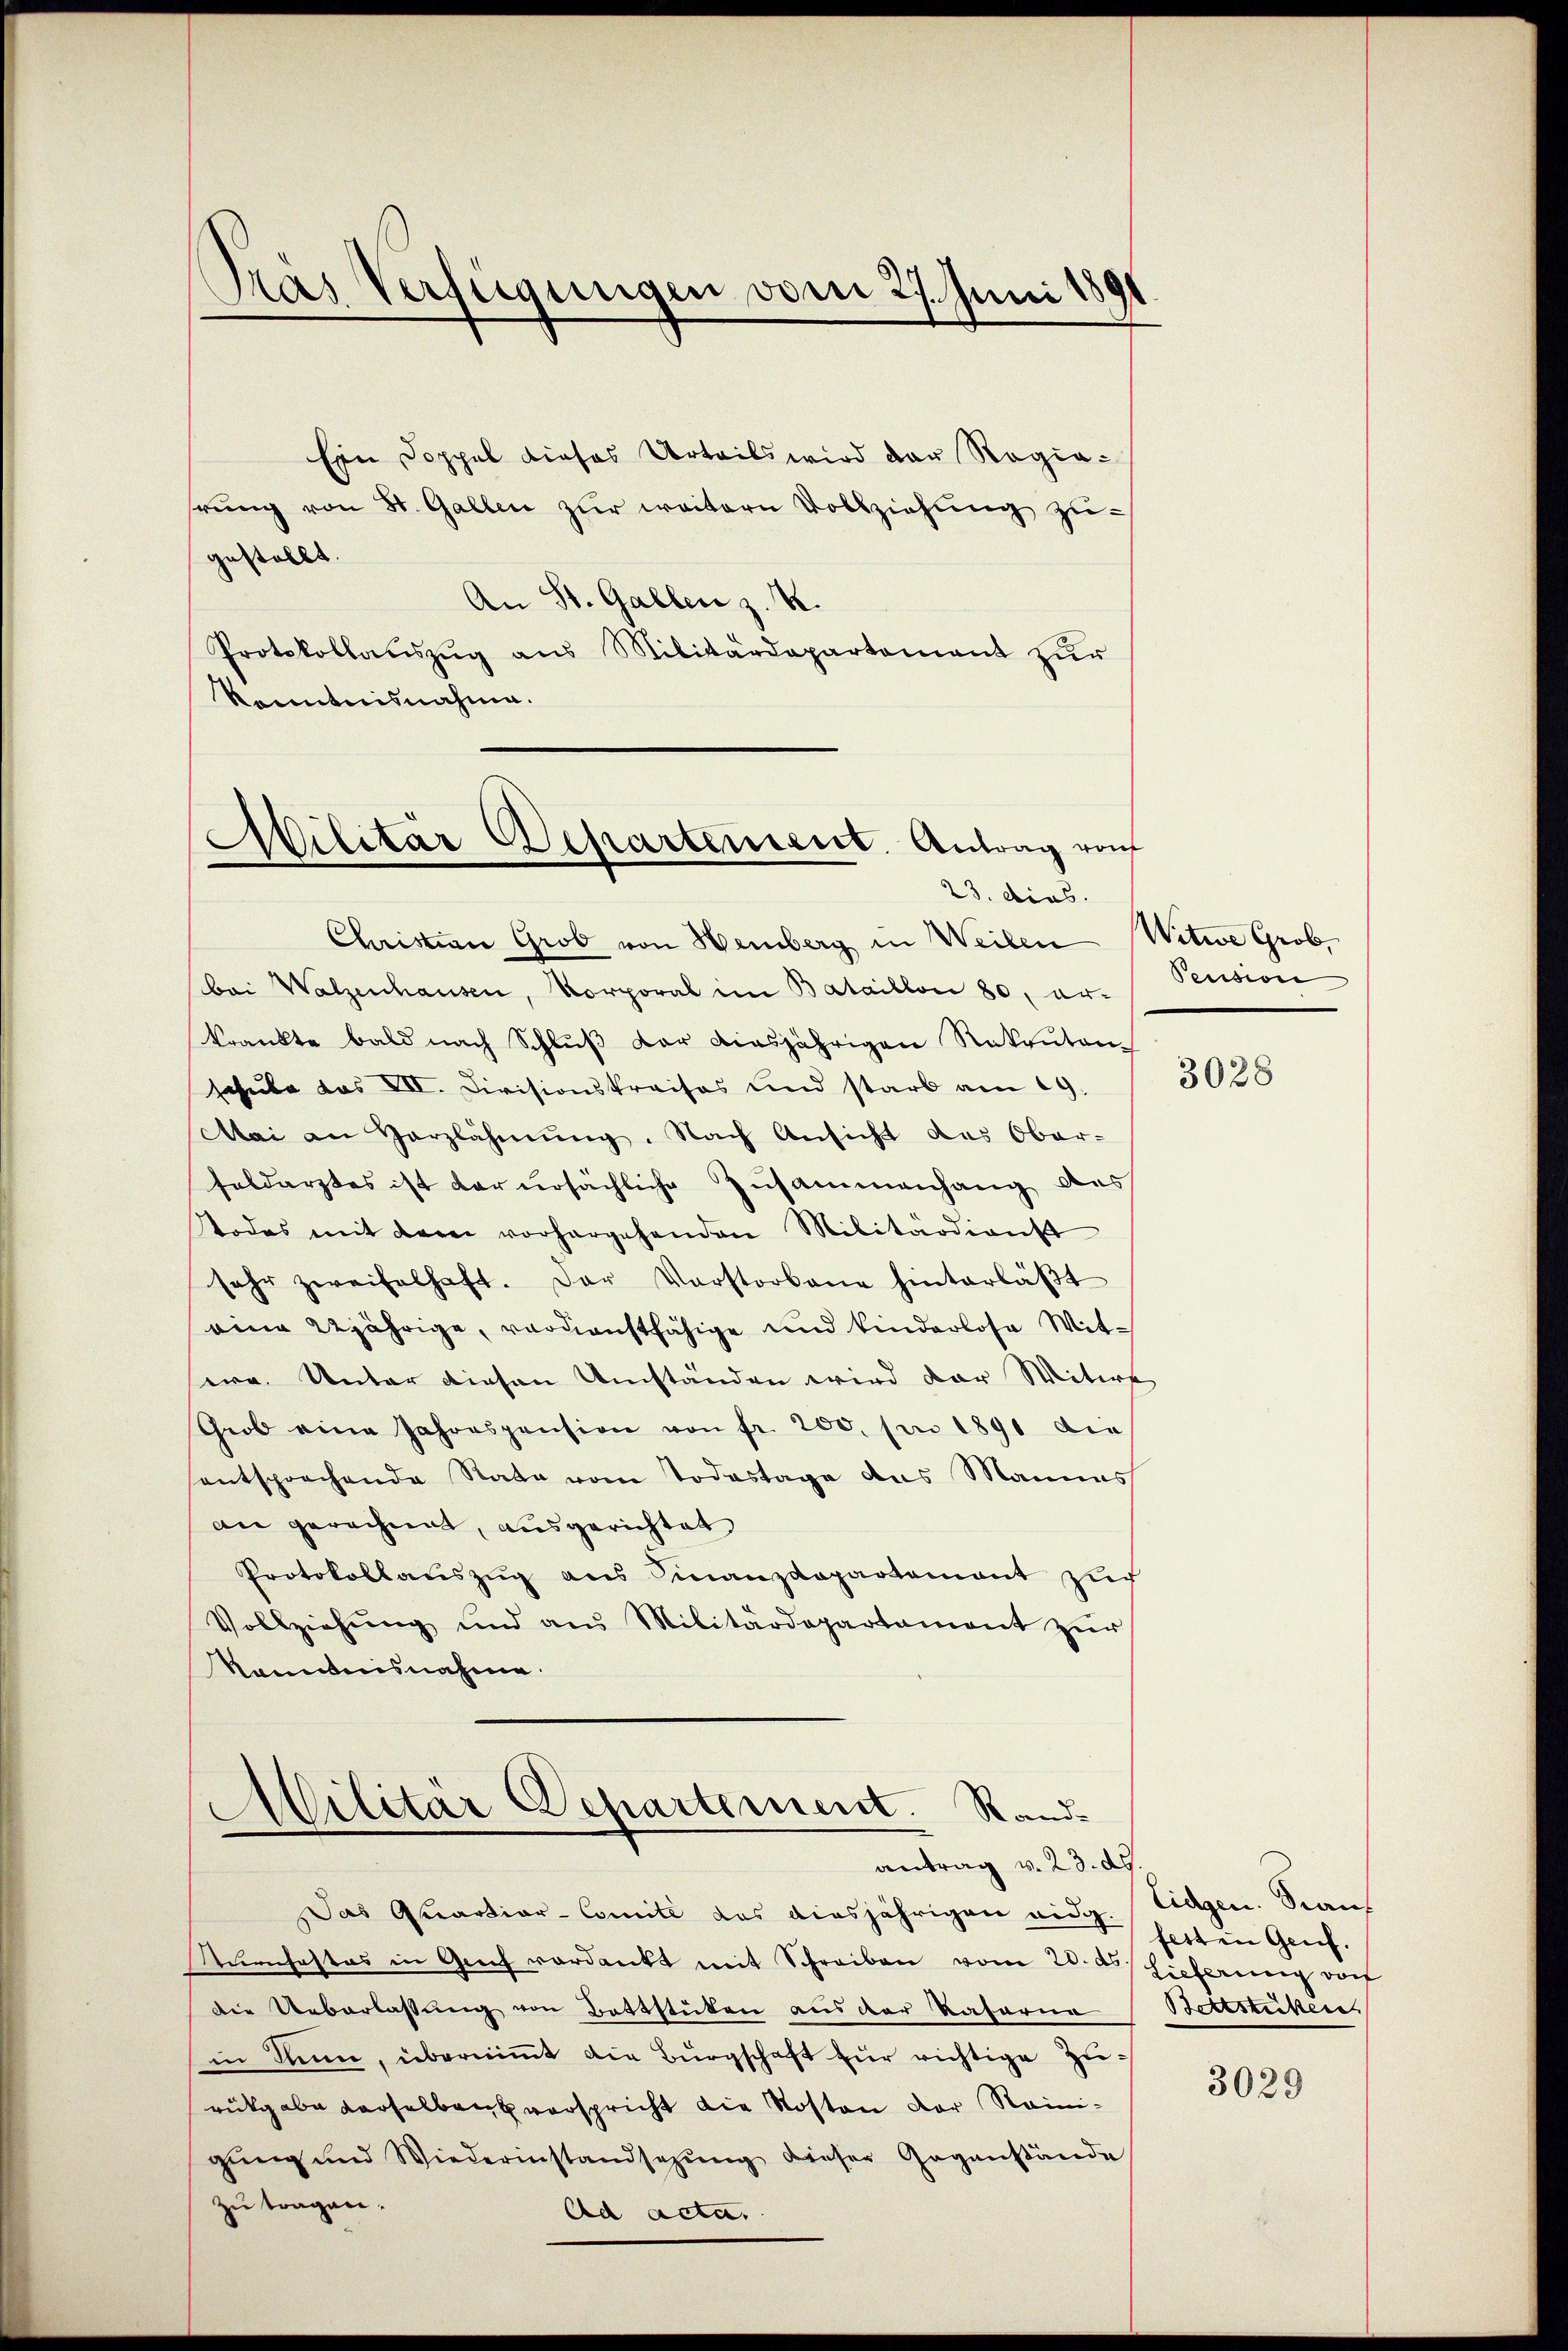
Pas Verfügungen vom 27. Juni 1891

Ein Doppel dieses Urteils wird der Regiarŭng von St. Gallen zŭr weitern Vollziehung zugestellt.
An St. Gallen z. B.
Protokollauszug aus Militärdepartement zur
kenntnisnahme.

Militär Departement. Antrag von
23. dies.

Christian Grob von Hemberg in Weilen Witwe Grob,
bei Walzenhausen, Korporal im Bataillon 80, er-
krankte bald nach Schlŭβ der diesjährigen Rekruten
schule das VII. Divisionskraisos und starb am 19.
Mai an Herzlähmung. Nach Ansicht das Ober-
soldarztes ist dar ursächliche Zusammenhang des
Podes mit darei vorhergehenden Militärdienst
sehr zweifelhaft. Der Vorstorbene hinterläβt
eine 22jährige, verdienstfähige und kinderlose Mitwa. Unter diesen Umständen wird der Witwe
Grob eine Jahrespension von fr. 200. pro 1891 die
entsprochende Rate vom Todestage das Mannes
an gerechnet, ausgerichtet
Protokollauszug aus Finanzdepartement zuch
Vollziehŭng und aus Militärdepartament zŭr
kanntnisnahme.

.
Silitär Departement. Randantrag v. 23. ds.

Das Quartiar-Comité des diesjährigen eidg.
Auenhastas in Genf verdankt mit Schreiben vom 20. ds Lieferung vo
die Ueberlassung von Battstuten aus der Kataria
in Sinn, überniṁt die Bürgschaft zur richtige Zurückgabe derselben verspricht die Kosten der Reinigung und Wiederinstandsazung dieser Gegenstände
zu tragen.
Ad acta.

Pension

3028

Eidgen. Stanfest in Genf.
Bottstücken

3029